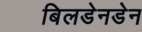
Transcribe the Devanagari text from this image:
बिलडेनडेन